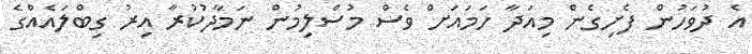
އެ ދުވަހުން ފެށިގެން މިއަދާ ހަމައަށް ވެސް މުސްލިމުން ނަމާދުކުރާ އިރު ގިބްލައެއްގެ